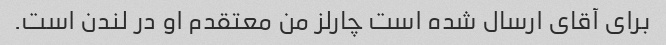
برای آقای ارسال شده است چارلز من معتقدم او در لندن است.